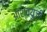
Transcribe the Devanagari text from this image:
आश्वयुजी